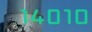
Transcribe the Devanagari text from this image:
१४०१०